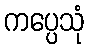
ကပ္ပေသုံ